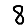
Digit: 8